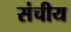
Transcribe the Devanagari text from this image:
संचीय